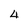
Character: 4